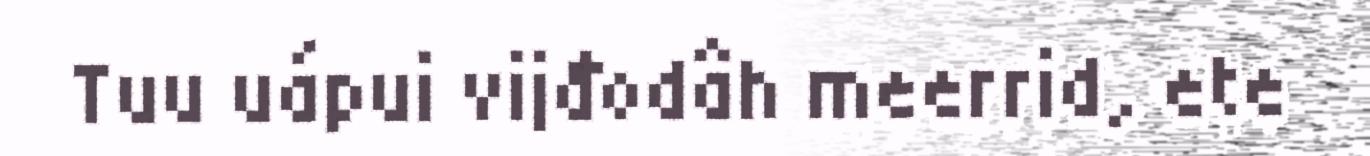
Tuu uápui vijđodâh meerrid, ete